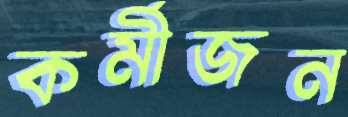
কর্মীজন